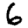
Digit: 6